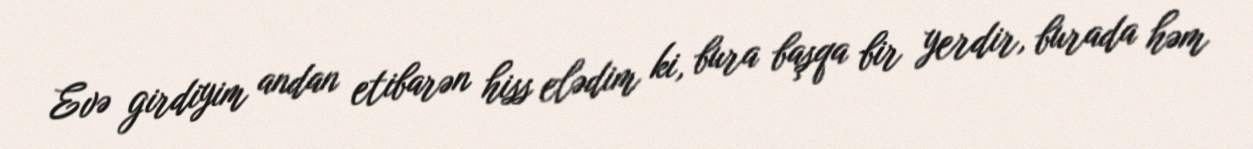
Evə girdiyim andan etibarən hiss elədim ki, bura başqa bir yerdir, burada həm